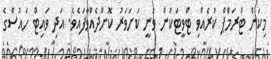
މިކަން ޓްރަމްޕް ކުރެއްވި ޓްވީޓަކުން ވަނީ ކަށަވަރު ކޮށްދެއްވާފައެވެ. އަދި ވައިޓް ހައުސްގެ